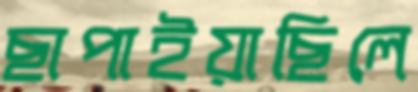
ছাপাইয়াছিলে